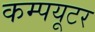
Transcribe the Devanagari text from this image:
कम्पयूटर